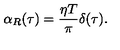
\alpha _ { R } ( \tau ) = \frac { \eta T } { \pi } \delta ( \tau ) .